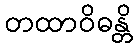
တထာဝိဓန္တိ